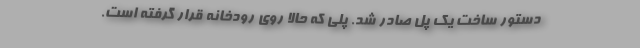
دستور ساخت یک پل صادر شد. پلی که حالا روی رودخانه قرار گرفته است.